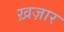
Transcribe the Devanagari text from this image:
ख़ज़ार